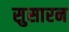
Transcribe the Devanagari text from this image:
सुसारन